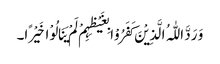
وَ رَدَّ اللّٰہُ الَّذِیْنَ کَفَرُوْا بِغَیْظِہِمْ لَمْ یَنَالُوْا خَیْرًا۔